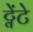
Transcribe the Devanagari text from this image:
ट्वेंटे